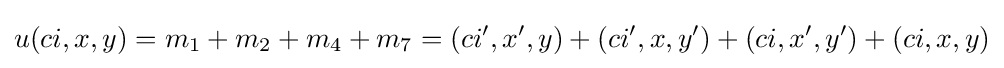
u(ci,x,y)=m_{1}+m_{2}+m_{4}+m_{7}=(ci',x',y)+(ci',x,y')+(ci,x',y')+(ci,x,y)